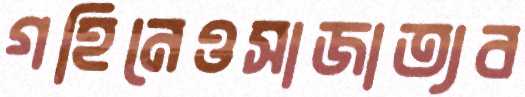
গহিনেওসাজাত্যব